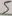
Text: 5